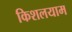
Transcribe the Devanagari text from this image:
किशलयाम